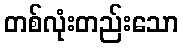
တစ်လုံးတည်းသော